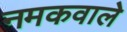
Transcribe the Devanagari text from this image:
नमकवाले